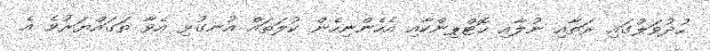
ހުދުވަލުގައި ރަތާއި ނުލާއި ހޮޓްޕިންކާއި އެހެންނިހެން ކުލަތައް އުނގުޅި އެވާ ތަގައްޔަރުވެ އެ